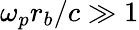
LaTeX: \omega_{p}r_{b}/c\gg 1